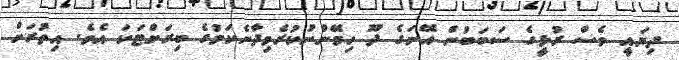
ދިޔައީ ވެސް ރުޅީގެ ސަބަބުން އޭނަގެ ދޫ ހިމޭންނުކުރެވިދާނެކަމުގެ ބިރަށްޓަކަ އެވެ. އިތުރަށް